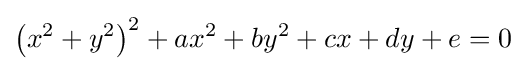
\left(x^{2}+y^{2}\right)^{2}+ax^{2}+by^{2}+cx+dy+e=0